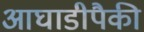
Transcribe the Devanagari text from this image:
आघाडीपैकी